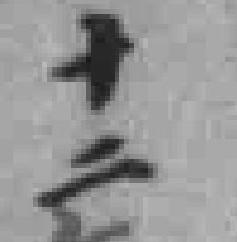
十二